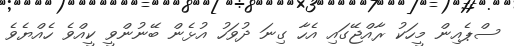
ސްޕެއިން މީހަކު ރާއްޖޭގައި އެހާ ގިނަ ދުވަހު އުޅެން ބޭނުންވީ ކީއްވެ ހެއްޔެވެ